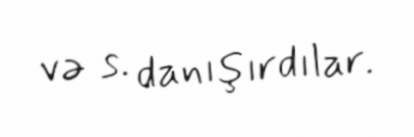
və s. danışırdılar.